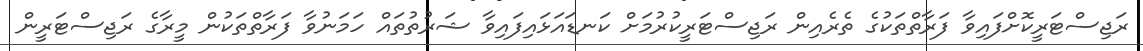
ރަޖިސްޓަރީކޮށްފައިވާ ފަރާތްތަކުގެ ތެރެއިން ރަޖިސްޓަރީކުރުމަށް ކަނޑައަޅައިފައިވާ ޝަރުތުތައް ހަމަނުވާ ފަރާތްތަކުން މީރާގެ ރަޖިސްޓަރީން